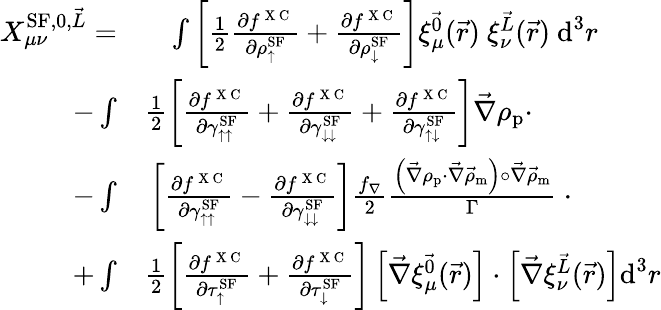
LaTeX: \begin{array}{rl}{X_{\mu\nu}^{\textrm{SF},0,\vec{L}}=}&{{}\phantom{+}\int\left[\frac{1}{2}\frac{\partial f^{\mathrm{~X~C~}}}{\partial\rho_{\uparrow}^{\textrm{SF}}}+\frac{\partial f^{\mathrm{~X~C~}}}{\partial\rho_{\downarrow}^{\textrm{SF}}}\right]\xi_{\mu}^{\vec{0}}(\vec{r})~\xi_{\nu}^{\vec{L}}(\vec{r})~\textrm{d}^{3}r}\\ {-\int}&{{}\frac{1}{2}\left[\frac{\partial f^{\mathrm{~X~C~}}}{\partial\gamma_{\uparrow\uparrow}^{\textrm{SF}}}+\frac{\partial f^{\mathrm{~X~C~}}}{\partial\gamma_{\downarrow\downarrow}^{\textrm{SF}}}+\frac{\partial f^{\mathrm{~X~C~}}}{\partial\gamma_{\uparrow\downarrow}^{\textrm{SF}}}\right]\vec{\nabla}\rho_{\textrm{p}}\cdot}\\ {-\int}&{{}\left[\frac{\partial f^{\mathrm{~X~C~}}}{\partial\gamma_{\uparrow\uparrow}^{\textrm{SF}}}-\frac{\partial f^{\mathrm{~X~C~}}}{\partial\gamma_{\downarrow\downarrow}^{\textrm{SF}}}\right]\frac{f_{\nabla}}{2}\frac{\left(\vec{\nabla}\rho_{\textrm{p}}\cdot\vec{\nabla}\vec{\rho}_{\textrm{m}}\right)\circ\vec{\nabla}\vec{\rho}_{\textrm{m}}}{\Gamma}~\cdot}\\ {+\int}&{{}\frac{1}{2}\left[\frac{\partial f^{\mathrm{~X~C~}}}{\partial\tau_{\uparrow}^{\textrm{SF}}}+\frac{\partial f^{\mathrm{~X~C~}}}{\partial\tau_{\downarrow}^{\textrm{SF}}}\right]\left[\vec{\nabla}\xi_{\mu}^{\vec{0}}(\vec{r})\right]\cdot\left[\vec{\nabla}\xi_{\nu}^{\vec{L}}(\vec{r})\right]\textrm{d}^{3}r}\end{array}